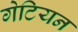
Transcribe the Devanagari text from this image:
गेटियन